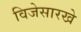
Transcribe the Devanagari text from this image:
विजेसारखे